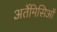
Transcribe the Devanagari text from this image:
अर्तेमिसिओं